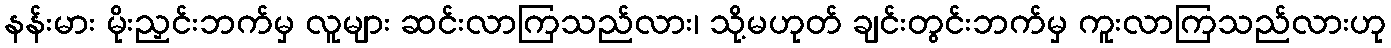
နန်းမား မိုးညှင်းဘက်မှ လူများ ဆင်းလာကြသည်လား၊ သို့မဟုတ် ချင်းတွင်းဘက်မှ ကူးလာကြသည်လားဟု